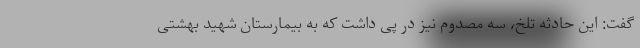
گفت: این حادثه تلخ، سه مصدوم نیز در پی داشت که به بیمارستان شهید بهشتی